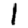
Digit: 1